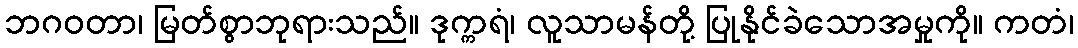
ဘဂဝတာ၊ မြတ်စွာဘုရားသည်။ ဒုက္ကရံ၊ လူသာမန်တို့ ပြုနိုင်ခဲသောအမှုကို။ ကတံ၊